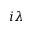
i \lambda